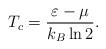
LaTeX: \begin{align*} T_c= \frac{\varepsilon -\mu}{k_B\ln{2}}\/.\end{align*}